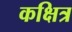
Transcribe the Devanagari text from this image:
कक्षित्र